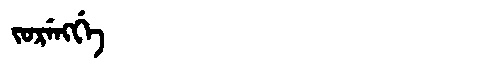
Manchu: ᠵᠣᡵᡝᠩᡤᡝ
Romanization: JORENGGE